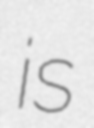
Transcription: is